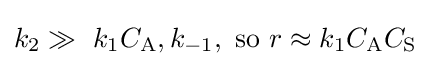
k_{2}\gg \ k_{1}C_{\mathrm {A} },k_{-1},{\text{ so }}r\approx k_{1}C_{\mathrm {A} }C_{\mathrm {S} }